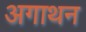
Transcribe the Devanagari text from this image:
अगाथन